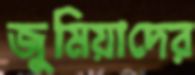
জুমিয়াদের